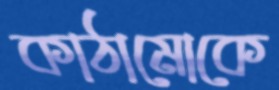
কাঠামোকে